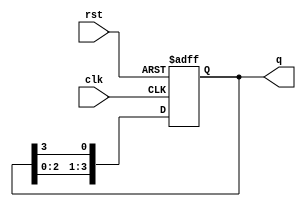
module ring_counter #(parameter n = 4) (
    input wire clk,           // Clock input
    input wire rst,           // Asynchronous reset input
    output reg [n-1:0] q      // Counter output
);

// The initial state of the counter
initial begin
    q = 1'b1; // Start with the first flip-flop set to '1'
end

// Always block to implement the ring counter logic
always @(posedge clk or posedge rst) begin
    if (rst) begin
        // Reset to the initial state
        q <= 1'b1; // Reset state (only the first flip-flop is high)
    end else begin
        // Shift the '1' to the next flip-flop
        q <= {q[n-2:0], q[n-1]};
    end
end

endmodule